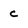
Character: c